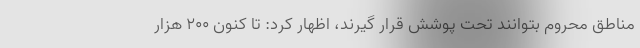
مناطق محروم بتوانند تحت پوشش قرار گیرند، اظهار کرد: تا کنون ۲۰۰ هزار